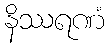
နိဿရဏံ